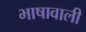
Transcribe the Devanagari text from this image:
भाषावाली